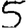
Digit: 5